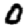
Digit: 0